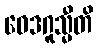
ဝေဒဂူသ္မီတိ